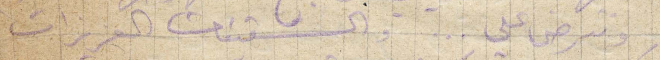
وتترضى علي... والشقيقات العزيزات